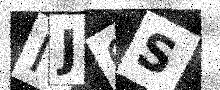
Text: NJ0S